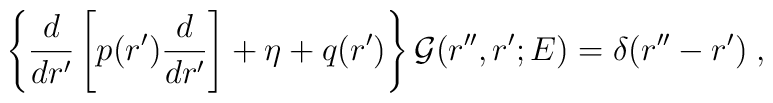
\left\{ \frac{d}{dr'} \left[ p(r') \frac{d}{dr'} \right]+\eta +q(r')\right\}{\mathcal G} (r'',r';E)=\delta ( r''- r')\;  ,